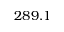
2 8 9 . 1